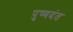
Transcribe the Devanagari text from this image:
पुष्यदंत